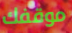
موقفك